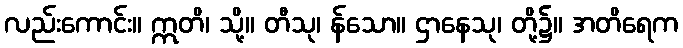
လည်းကောင်း။ ဣတိ၊ သို့။ တီသု၊ န်သော။ ဌာနေသု၊ တို့၌။ အတိရေက